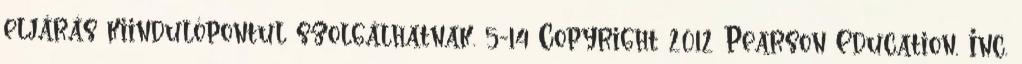
eljárás kiindulópontul szolgálhatnak. 5-14 Copyright 2012 Pearson Education, Inc.